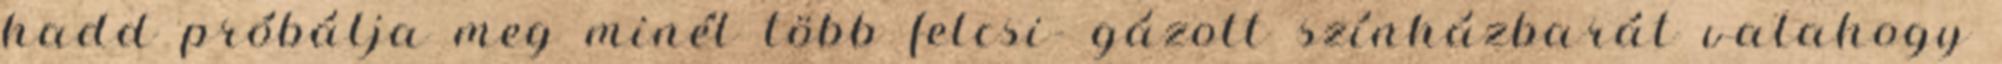
hadd próbálja meg minél több felcsi- gázott színházbarát valahogy